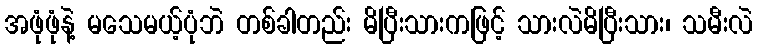
အဖုံဖုံနဲ့ မသေမယ့်ပုံဘဲ တစ်ခါတည်း မိပြီးသားကဖြင့် သားလဲမိပြီးသား၊ သမီးလဲ